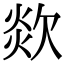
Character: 欻